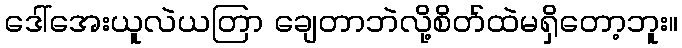
ဒေါ်အေးယူလဲယတြာ ချေတာဘဲလို့စိတ်ထဲမရှိတော့ဘူး။